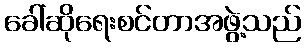
ခေါ်ဆိုရေးစင်တာအဖွဲ့သည်